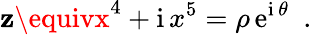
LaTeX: \mathbf{z}\equivx^{4}+\mathrm{{i}}\, x^{5}=\rho\, \mathrm{{e}}^{\mathrm{{i}}\, \theta}~~.